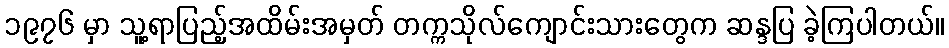
၁၉၇၆ မှာ သူ့ရာပြည့်အထိမ်းအမှတ် တက္ကသိုလ်ကျောင်းသားတွေက ဆန္ဒပြ ခဲ့ကြပါတယ်။